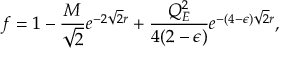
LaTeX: f = 1 - { \frac { M } { \sqrt 2 } } e ^ { - 2 \sqrt 2 r } + { \frac { Q _ { E } ^ { 2 } } { 4 ( 2 - \epsilon ) } } e ^ { - ( 4 - \epsilon ) \sqrt 2 r } ,